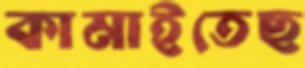
কামাইতেছ